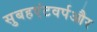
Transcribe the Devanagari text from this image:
सुबहएंटवर्पऔर